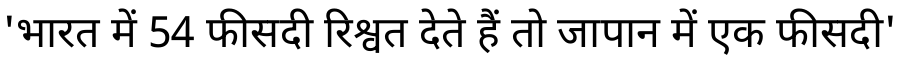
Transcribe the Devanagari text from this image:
'भारत में 54 फीसदी रिश्वत देते हैं तो जापान में एक फीसदी'